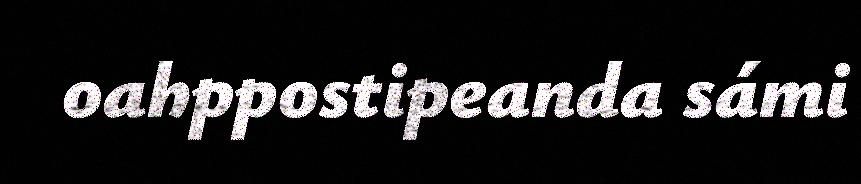
oahppostipeanda sámi